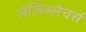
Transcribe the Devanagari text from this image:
लेजिस्लेचर्स